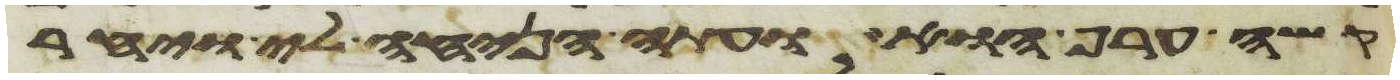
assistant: קשה ערף הוא ועתה הניחה לי ויחר